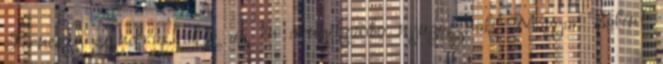
Perneszy András, akik az én árnyékomba nyugosznak." Magyar Bálint